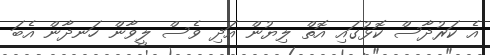
އެ ކަރުދާސް ކޮޅުގައި އޮތް ލިޔުން އަދި ވެސް ލީވާން ހަނދާން އެބަ